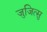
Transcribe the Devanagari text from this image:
जुजित्सु